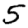
Digit: 5